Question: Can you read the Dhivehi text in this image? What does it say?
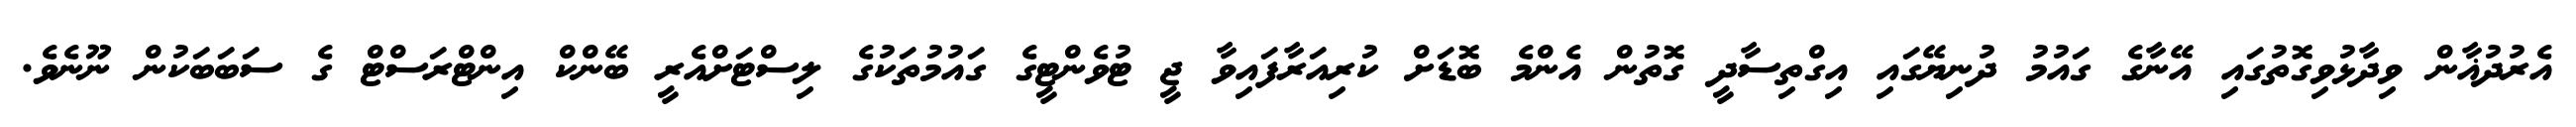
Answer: އެރުދުޣާން ވިދާޅުވިގޮތުގައި އޭނާގެ ގައުމު ދުނިޔޭގައި އިގްތިސާދީ ގޮތުން އެންމެ ބޮޑަށް ކުރިއަރާފައިވާ ޖީ ޓުވެންޓީގެ ގައުމުތަކުގެ ލިސްޓަށްއެރީ ބޭންކް އިންޓްރަސްޓް ގެ ސަބަބަކުން ނޫނެވެ.